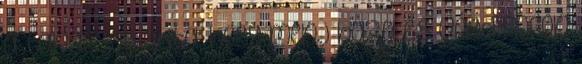
a tanácsot adta, hogy menj haza és vágd pofon